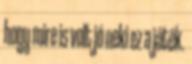
hogy mire is volt jó neki ez a játék.